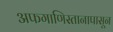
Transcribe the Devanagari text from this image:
अफगाणिस्तानापासून